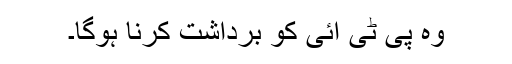
وہ پی ٹی آئی کو برداشت کرنا ہوگا۔